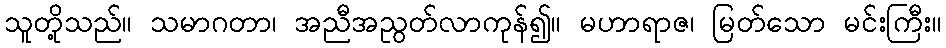
သူတို့သည်။ သမာဂတာ၊ အညီအညွတ်လာကုန်၍။ မဟာရာဇ၊ မြတ်သော မင်းကြီး။